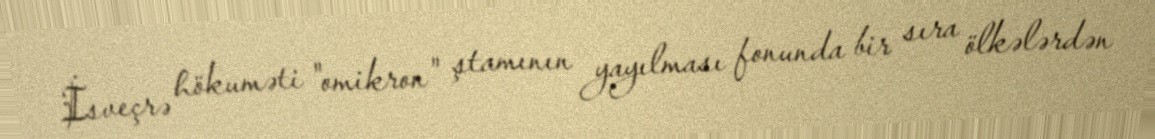
İsveçrə hökuməti "omikron" ştamının yayılması fonunda bir sıra ölkələrdən